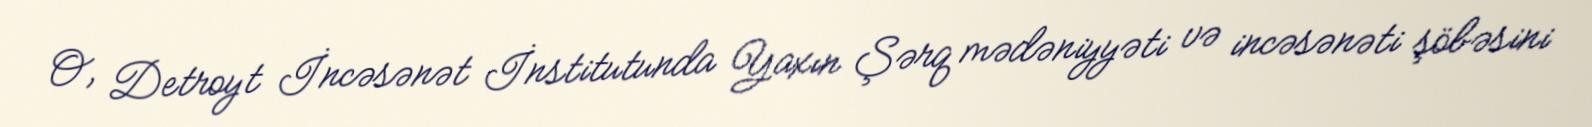
O, Detroyt İncəsənət İnstitutunda Yaxın Şərq mədəniyyəti və incəsənəti şöbəsini